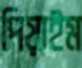
পিয়াইম